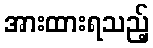
အားထားရသည့်